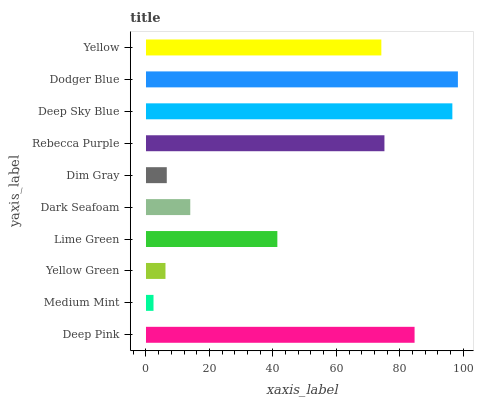
| yaxis_label | bars |
 | --- | --- |
 | Deep Pink | 84.7 |
 | Medium Mint | 2.37 |
 | Yellow Green | 6.14 |
 | Lime Green | 41.4 |
 | Dark Seafoam | 14 |
 | Dim Gray | 6.55 |
 | Rebecca Purple | 75.2 |
 | Deep Sky Blue | 96.6 |
 | Dodger Blue | 98.3 |
 | Yellow | 74.2 |